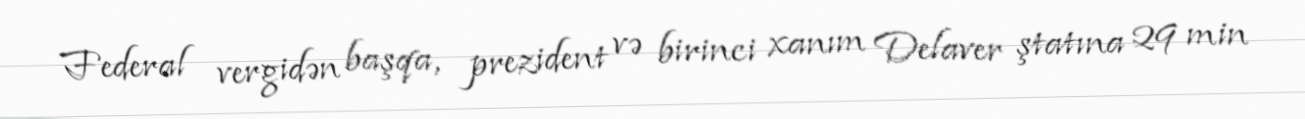
Federal vergidən başqa, prezident və birinci xanım Delaver ştatına 29 min